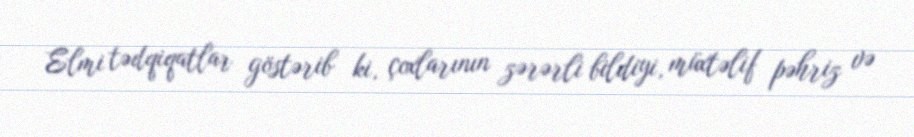
Elmi tədqiqatlar göstərib ki, çoxlarının zərərli bildiyi, müxtəlif pəhriz və